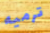
ترميه